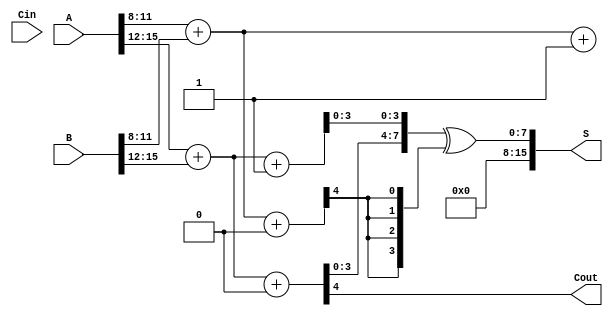
module CSLA #(parameter N = 16) (
    input [N-1:0] A,      // First input
    input [N-1:0] B,      // Second input
    input Cin,            // Carry input
    output [N-1:0] S,     // Sum output
    output Cout           // Carry output
);

    localparam BLOCK_SIZE = 4; // Size of each block
    localparam NUM_BLOCKS = N / BLOCK_SIZE; // Number of blocks

    wire [BLOCK_SIZE-1:0] sum0 [NUM_BLOCKS-1:0];
    wire [BLOCK_SIZE-1:0] sum1 [NUM_BLOCKS-1:0];
    wire [NUM_BLOCKS-1:0] carry_out; // Carry out for each block
    wire [NUM_BLOCKS-1:0] carry_in;  // Carry in for each block

    assign carry_in[0] = Cin; // First block carry-in is the input carry

    // Stage 1: Compute sums and carry for each block
    generate
        genvar i;
        for (i = 0; i < NUM_BLOCKS; i = i + 1) begin : adder_block
            wire [BLOCK_SIZE-1:0] A_block = A[i * BLOCK_SIZE +: BLOCK_SIZE];
            wire [BLOCK_SIZE-1:0] B_block = B[i * BLOCK_SIZE +: BLOCK_SIZE];
            
            // Compute sums assuming carry-in = 0
            assign {carry_out[i], sum0[i]} = A_block + B_block + 1'b0;

            // Compute sums assuming carry-in = 1
            assign {carry_out[i], sum1[i]} = A_block + B_block + 1'b1;

            // Carry out from previous block
            if (i > 0) begin
                assign carry_in[i] = carry_out[i-1];
            end
        end
    endgenerate

    // Stage 2: Select the final sum based on carry inputs
    assign S = {sum0[NUM_BLOCKS-1], sum1[NUM_BLOCKS-1]} ^ {carry_in[NUM_BLOCKS-1], carry_in[NUM_BLOCKS-1], carry_in[NUM_BLOCKS-1], carry_in[NUM_BLOCKS-1]};
    
    // Final carry-out is from the last block
    assign Cout = carry_out[NUM_BLOCKS-1];

endmodule